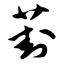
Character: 葑